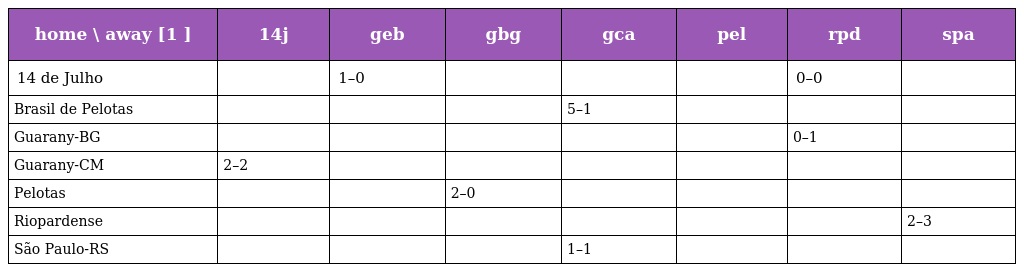
| home \ away [1 ] | 14j | geb | gbg | gca | pel | rpd | spa |
 | --- | --- | --- | --- | --- | --- | --- | --- |
 | 14 de Julho |  | 1–0 |  |  |  | 0–0 |  |
 | Brasil de Pelotas |  |  |  | 5–1 |  |  |  |
 | Guarany-BG |  |  |  |  |  | 0–1 |  |
 | Guarany-CM | 2–2 |  |  |  |  |  |  |
 | Pelotas |  |  | 2–0 |  |  |  |  |
 | Riopardense |  |  |  |  |  |  | 2–3 |
 | São Paulo-RS |  |  |  | 1–1 |  |  |  |